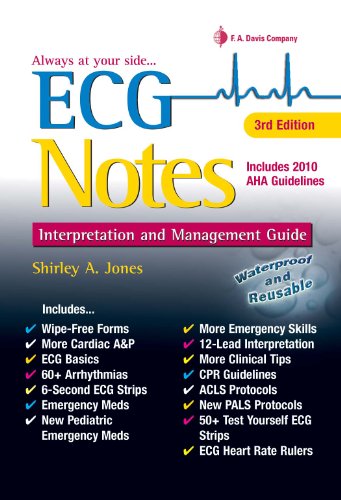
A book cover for ECG Notes: Interpretation and Management Guide; Shirley A. Jones MS Ed  MHA  EMT-P  RN; Medical Books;